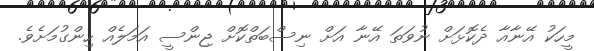
މީހަކު އޭނާއާ ދެކޮޅަށް ނުވަތަ އޭނާ އަށް ނިސްބަތްކޮށް ޖިންސީ އަމަލެއް ހިންގުމަށެވެ.